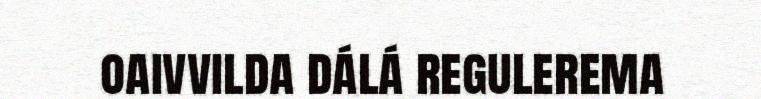
oaivvilda dálá regulerema